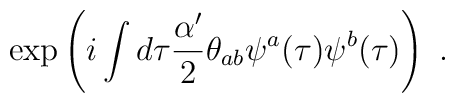
\exp\left( i\int d\tau \frac{\alpha'}{2}\theta_{ab}\psi^a (\tau)\psi^b(\tau)\right) \ .